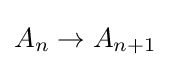
A_{n}\rightarrow A_{n+1}